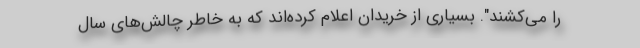
را می‌کشند". بسیاری از خریدان اعلام کرده‌اند که به خاطر چالش‌های سال